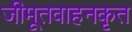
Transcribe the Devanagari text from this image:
जीमूतवाहनकृत